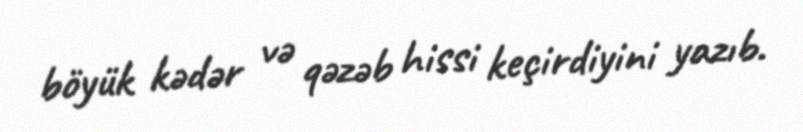
böyük kədər və qəzəb hissi keçirdiyini yazıb.